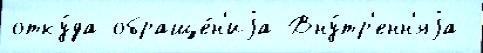
отку́да обраще́н'иjа Вну́тр'енн'яjа